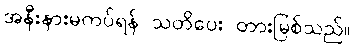
အနီးနားမကပ်ရန် သတိပေး တားမြစ်သည်။